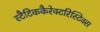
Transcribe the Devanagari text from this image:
स्टैटिककैरेक्टरिस्टिक्स